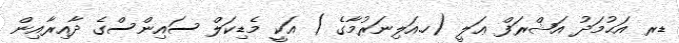
ޑރ އަޙުމަދު އަޝްރަފް ޢަލީ (ހ.އަލިނަރުމާގެ ) އަކީ މެޑިކަލް ސައިންސްގެ ދާއިރާއިން